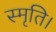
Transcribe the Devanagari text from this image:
स्मृति।